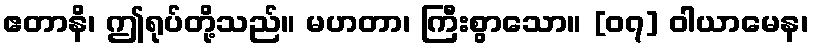
ဧတာနိ၊ ဤရုပ်တို့သည်။ မဟတာ၊ ကြီးစွာသော။ [၀၇] ဝါယာမေန၊